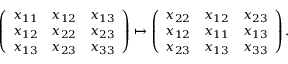
\left( \begin{array} { l l l } { x _ { 1 1 } } & { x _ { 1 2 } } & { x _ { 1 3 } } \\ { x _ { 1 2 } } & { x _ { 2 2 } } & { x _ { 2 3 } } \\ { x _ { 1 3 } } & { x _ { 2 3 } } & { x _ { 3 3 } } \end{array} \right) \mapsto \left( \begin{array} { l l l } { x _ { 2 2 } } & { x _ { 1 2 } } & { x _ { 2 3 } } \\ { x _ { 1 2 } } & { x _ { 1 1 } } & { x _ { 1 3 } } \\ { x _ { 2 3 } } & { x _ { 1 3 } } & { x _ { 3 3 } } \end{array} \right) .